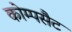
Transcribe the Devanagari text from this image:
कोम्पसैट